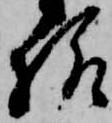
様